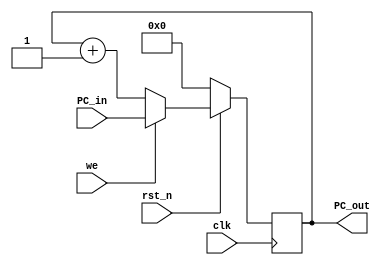
module programcounter(PC_in, clk, PC_out,rst_n,we);
		input wire [7:0] PC_in;
		input wire we,clk,rst_n;
		output  [7:0] PC_out;

		reg [7:0] PC_out;


		always @(posedge clk) begin
			if (!rst_n) begin
				PC_out <= 0;
			end else begin
				if(we )begin
					PC_out <= PC_in;
				end else begin
					PC_out <= PC_out + 1;
				end
			end
end
endmodule